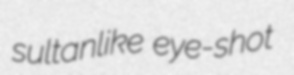
sultanlike eye-shot